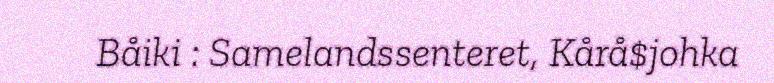
Båiki : Samelandssenteret, Kårå$johka